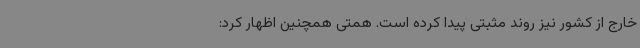
خارج از کشور نیز روند مثبتی پیدا کرده است. همتی همچنین اظهار کرد: